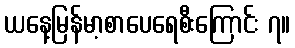
ယနေ့မြန်မာ့စာပေရေစီးကြောင်း ၇။